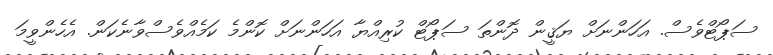
ސަޕޯޓްވެސް. އަހަންނަށް ޔަޤީން ދޮންތަ ސަޕޯޓް ކުރިއްޔާ އަހަންނަށް ކޮންމެ ކަމެއްވެސްވާނެކަން. އެހެންވީމަ